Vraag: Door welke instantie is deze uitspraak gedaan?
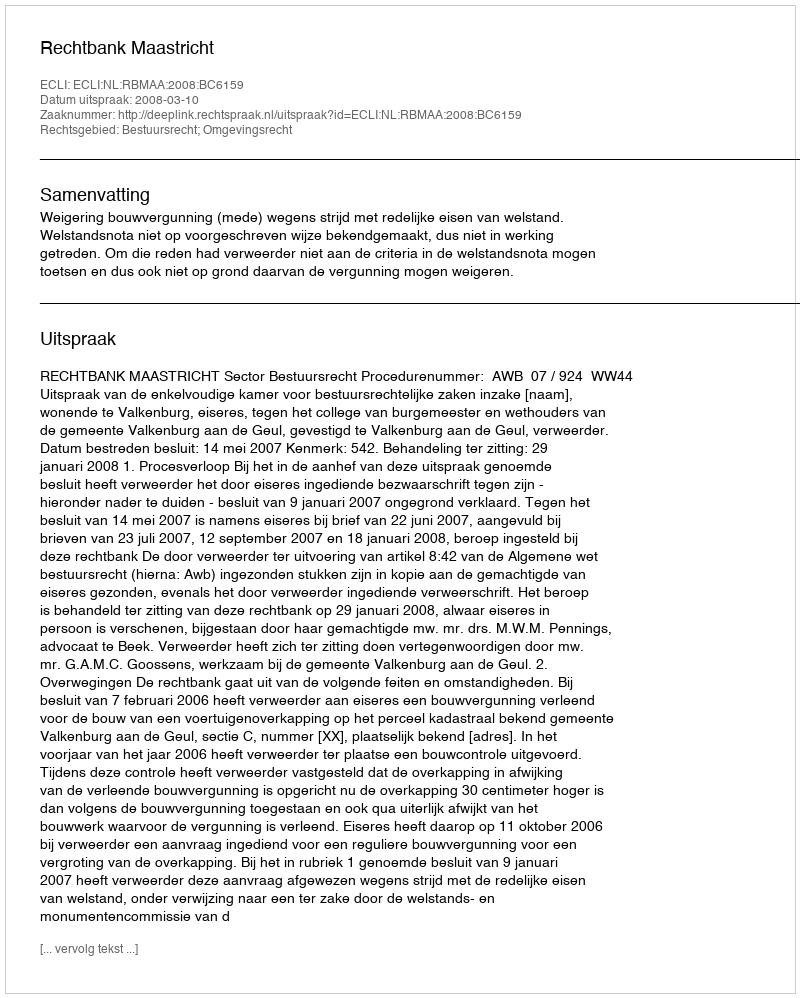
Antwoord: Rechtbank Maastricht